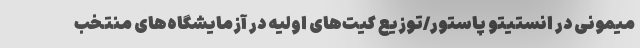
میمونی در انستیتو پاستور/توزیع کیت‌های اولیه در آزمایشگاه‌های منتخب